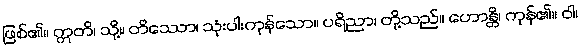
ဖြစ်၏။ ဣတိ၊ သို့။ တိဿော၊ သုံးပါးကုန်သော။ ပရိညာ၊ တို့သည်။ ဟောန္တိ၊ ကုန်၏။ ဝါ၊